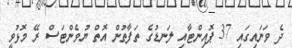
ދެ ވަނައިގައި 37 ޕޮއިންޓާއި ލަނޑުގެ ތަފާތުން އޮތް ޔުވެންޓަސް ރޭ މޮޅުވީ